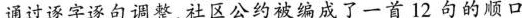
通过逐字逐句调整，社区公约被编成了一首12句的顺口